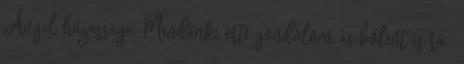
Angel házassága. Mindenki érti gondolom, és bólint is rá.”